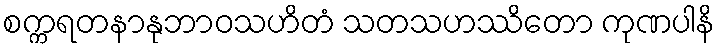
စက္ကရတနာနုဘာဝသဟိတံ သတသဟဿိတော ကုဏပါနိ